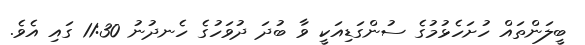
ބީލަންތައް ހުށަހެޅުމުގެ ސުންގަޑިއަކީ ވާ ބުދަ ދުވަހުގެ ހެނދުނު 11:30 ގައި އެވެ.